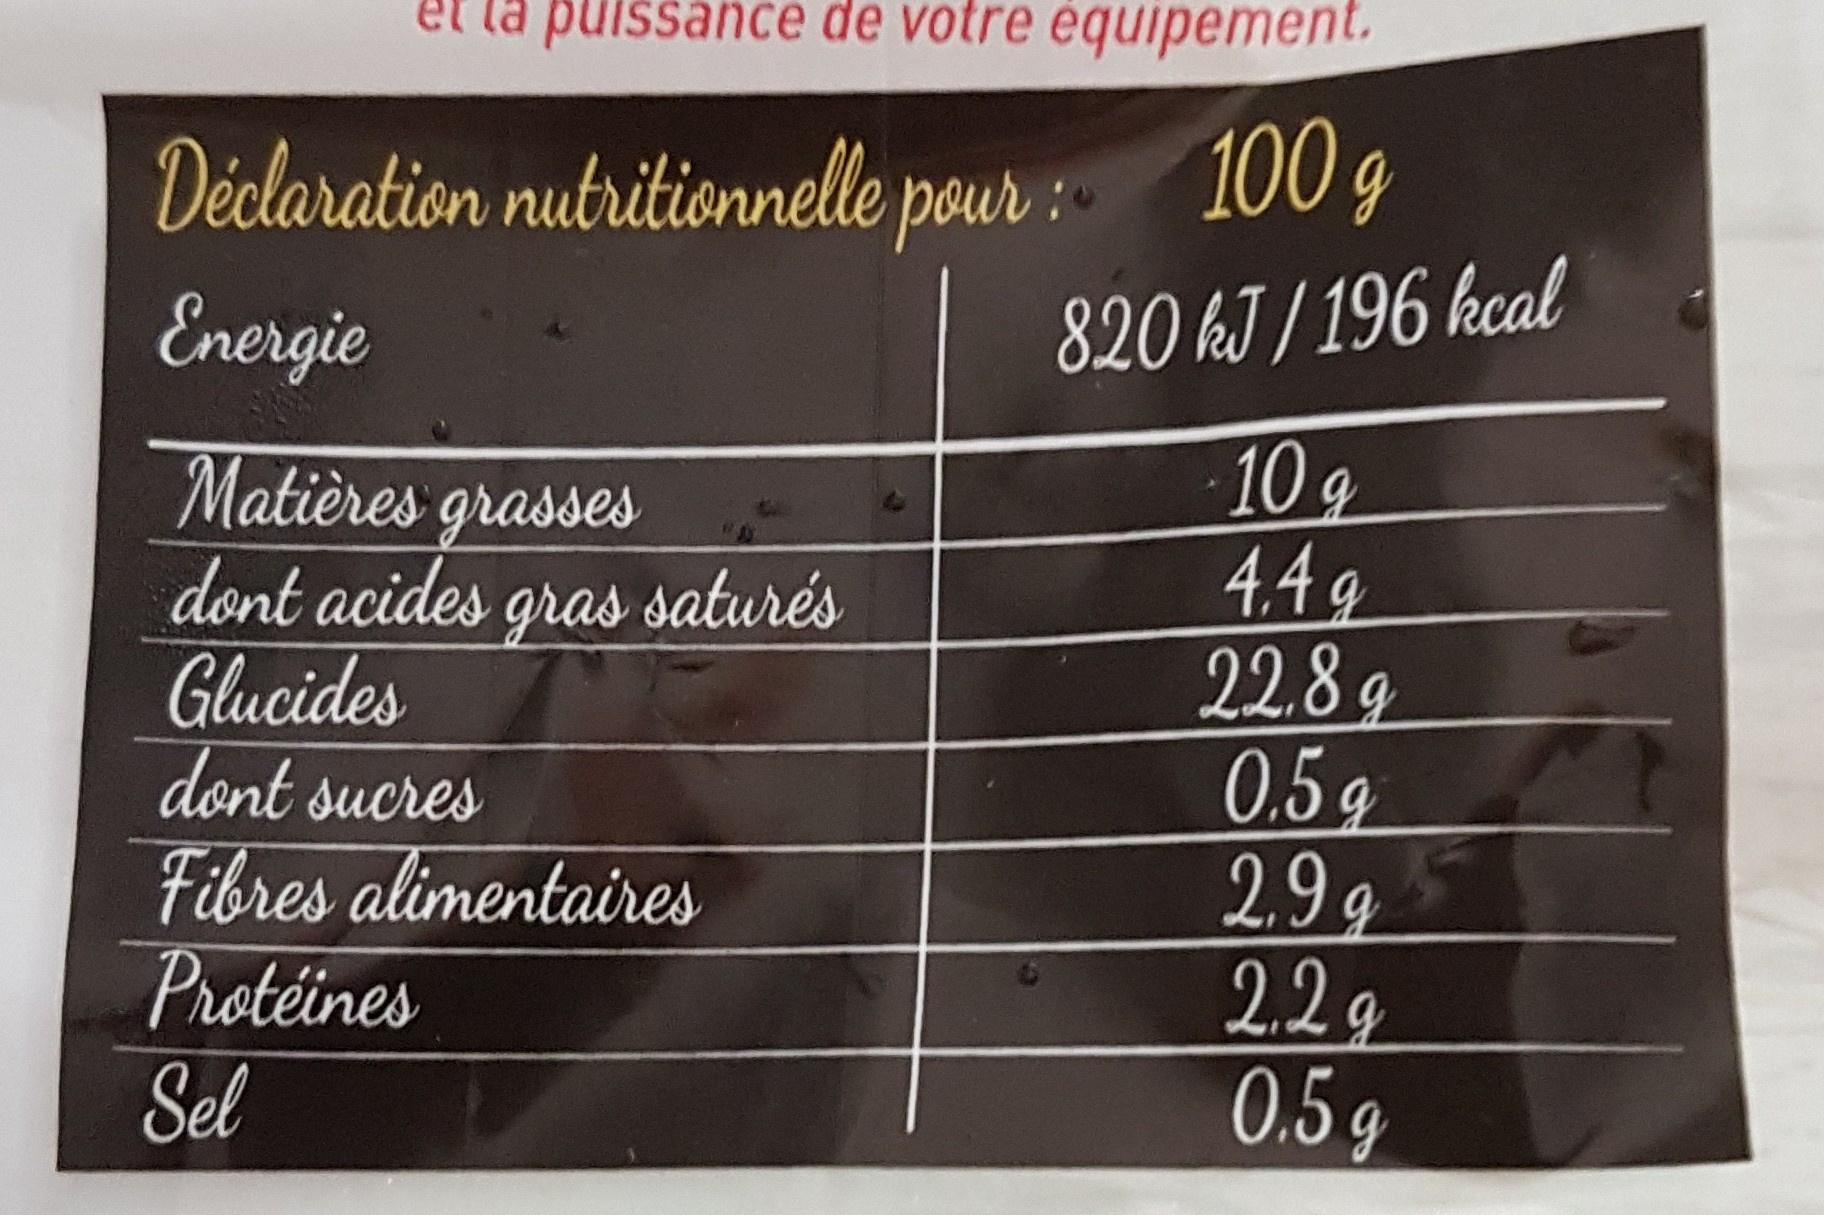
puissance de votre équipement.
Déclaration nutritionnelle pour : 100g
Energie
WAY.
Matières grasses dont acides gras saturés
Glucides
dont sucres
Fibres alimentaires
Protéines
Sel
820 kJ/196 kcal
10 g 4.4 q
22.8 g
0.5 g
2,9 g
2.2 g 0.5 g